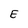
Character: E